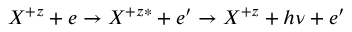
{ X ^ { + z } + e \rightarrow X ^ { + z * } + e ^ { \prime } \rightarrow X ^ { + z } + h \nu + e ^ { \prime } }